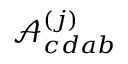
\mathcal { A } _ { c d a b } ^ { ( j ) }